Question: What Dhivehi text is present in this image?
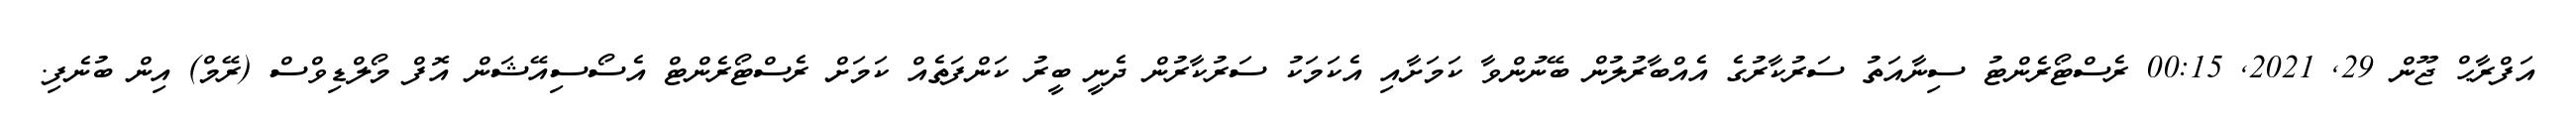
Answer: އަފްރާޙް ޖޫން 29, 2021, 00:15 ރެސްޓޯރެންޓު ސިނާއަތު ސަރުކާރުގެ އެއްބާރުލުން ބޭނުންވާ ކަމަށާއި އެކަމަކު ސަރުކާރުން ދެނީ ބީރު ކަންފަތެއް ކަމަށް ރެސްޓޯރެންޓް އެސޯސިއޭޝަން އޮފް މޯލްޑިވްސް (ރޭމް) އިން ބުނެފި.